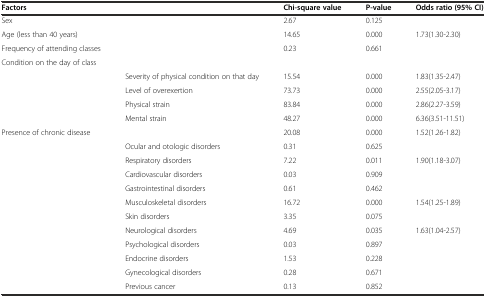
<table><thead><tr><td><b>Factors</b></td><td></td><td><b>Chi-square value</b></td><td><b>P-value</b></td><td><b>Odds ratio (95% CI)</b></td></tr></thead><tbody><tr><td>Sex</td><td></td><td>2.67</td><td>0.125</td><td></td></tr><tr><td>Age (less than 40 years)</td><td></td><td>14.65</td><td>0.000</td><td>1.73(1.30-2.30)</td></tr><tr><td>Frequency of attending classes</td><td></td><td>0.23</td><td>0.661</td><td></td></tr><tr><td>Condition on the day of class</td><td></td><td></td><td></td><td></td></tr><tr><td></td><td>Severity of physical condition on that day</td><td>15.54</td><td>0.000</td><td>1.83(1.35-2.47)</td></tr><tr><td></td><td>Level of overexertion</td><td>73.73</td><td>0.000</td><td>2.55(2.05-3.17)</td></tr><tr><td></td><td>Physical strain</td><td>83.84</td><td>0.000</td><td>2.86(2.27-3.59)</td></tr><tr><td></td><td>Mental strain</td><td>48.27</td><td>0.000</td><td>6.36(3.51-11.51)</td></tr><tr><td>Presence of chronic disease</td><td></td><td>20.08</td><td>0.000</td><td>1.52(1.26-1.82)</td></tr><tr><td></td><td>Ocular and otologic disorders</td><td>0.31</td><td>0.625</td><td></td></tr><tr><td></td><td>Respiratory disorders</td><td>7.22</td><td>0.011</td><td>1.90(1.18-3.07)</td></tr><tr><td></td><td>Cardiovascular disorders</td><td>0.03</td><td>0.909</td><td></td></tr><tr><td></td><td>Gastrointestinal disorders</td><td>0.61</td><td>0.462</td><td></td></tr><tr><td></td><td>Musculoskeletal disorders</td><td>16.72</td><td>0.000</td><td>1.54(1.25-1.89)</td></tr><tr><td></td><td>Skin disorders</td><td>3.35</td><td>0.075</td><td></td></tr><tr><td></td><td>Neurological disorders</td><td>4.69</td><td>0.035</td><td>1.63(1.04-2.57)</td></tr><tr><td></td><td>Psychological disorders</td><td>0.03</td><td>0.897</td><td></td></tr><tr><td></td><td>Endocrine disorders</td><td>1.53</td><td>0.228</td><td></td></tr><tr><td></td><td>Gynecological disorders</td><td>0.28</td><td>0.671</td><td></td></tr><tr><td></td><td>Previous cancer</td><td>0.13</td><td>0.852</td><td></td></tr></tbody></table>